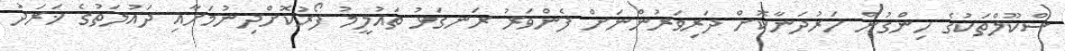
ސްކޫލްތަކުގެ ހިންގުން ހަރުދަނާކޮށް ދަރިވަރުންނަށް ފެންވަރު ރަނގަޅު ތައުލީމު ފޯރުކޮށްދިނުމަށާއި ދައުލަތުގެ ޚަރަދު